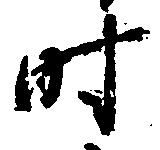
時